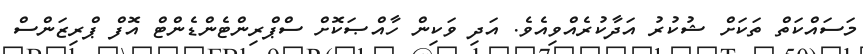
މަސައްކަތް ތަކަށް ޝުކުރު އަދާކުރެއްވިއެވެ. އަދި ވަކިން ހާއްޞަކޮށް ސްޕްރިންޓެންޑެންޓް އޮފް ޕްރިޒަންސް